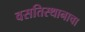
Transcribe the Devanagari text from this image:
वसतिस्थानाचा